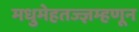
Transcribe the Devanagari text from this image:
मधुमेहतज्ज्ञम्हणून